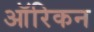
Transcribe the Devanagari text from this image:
ऑरिकन